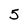
Character: 5